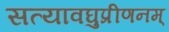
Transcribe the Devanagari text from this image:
सत्यावघुप्रीणनम्